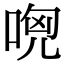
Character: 𠴶